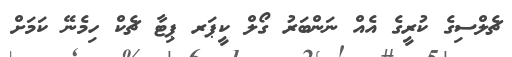
ޗެލްސިގެ ކުރީގެ އެއް ނަންބަރު ގޯލް ކީޕަރ ޕިޓާ ޗެކް ހިމެނޭ ކަމަށް